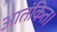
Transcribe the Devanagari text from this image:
आतंकित।